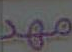
مهد